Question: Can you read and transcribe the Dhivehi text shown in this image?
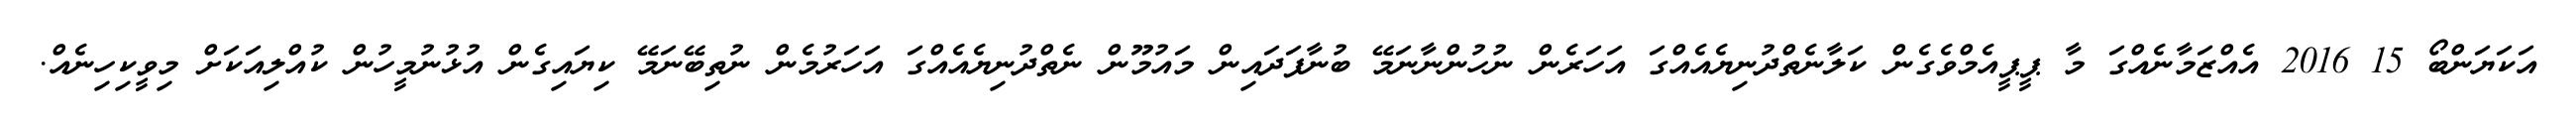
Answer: އަކަޔަންބޯ 15 2016 އެއްޒަމާނެއްގަ މާ ޕީޕީއެމްވެގެން ކަލާނެތްދުނިޔެއެއްގަ އަހަރެން ނުހުންނާނަމޭ ބުނާފަދައިން މައުމޫން ނެތްދުނިޔެއެއްގަ އަހަރުމެން ނުތިބޭނަމޭ ކިޔައިގެން އުޅުނުމީހުން ކުއްލިއަކަށް މިވީކިހިނެއް.